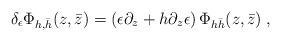
LaTeX: \begin{align*}\delta_{\epsilon}\Phi_{h,\bar{h}}(z,\bar{z})=\left(\epsilon\partial_{z}+h\partial_{z}\epsilon\right)\Phi_{h\bar{h}}(z,\bar{z})\;,\end{align*}